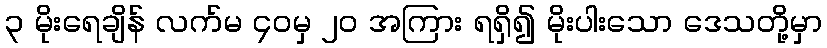
၃ မိုးရေချိန် လက်မ ၄၀မှ ၂၀ အကြား ရရှိ၍ မိုးပါးသော ဒေသတို့မှာ